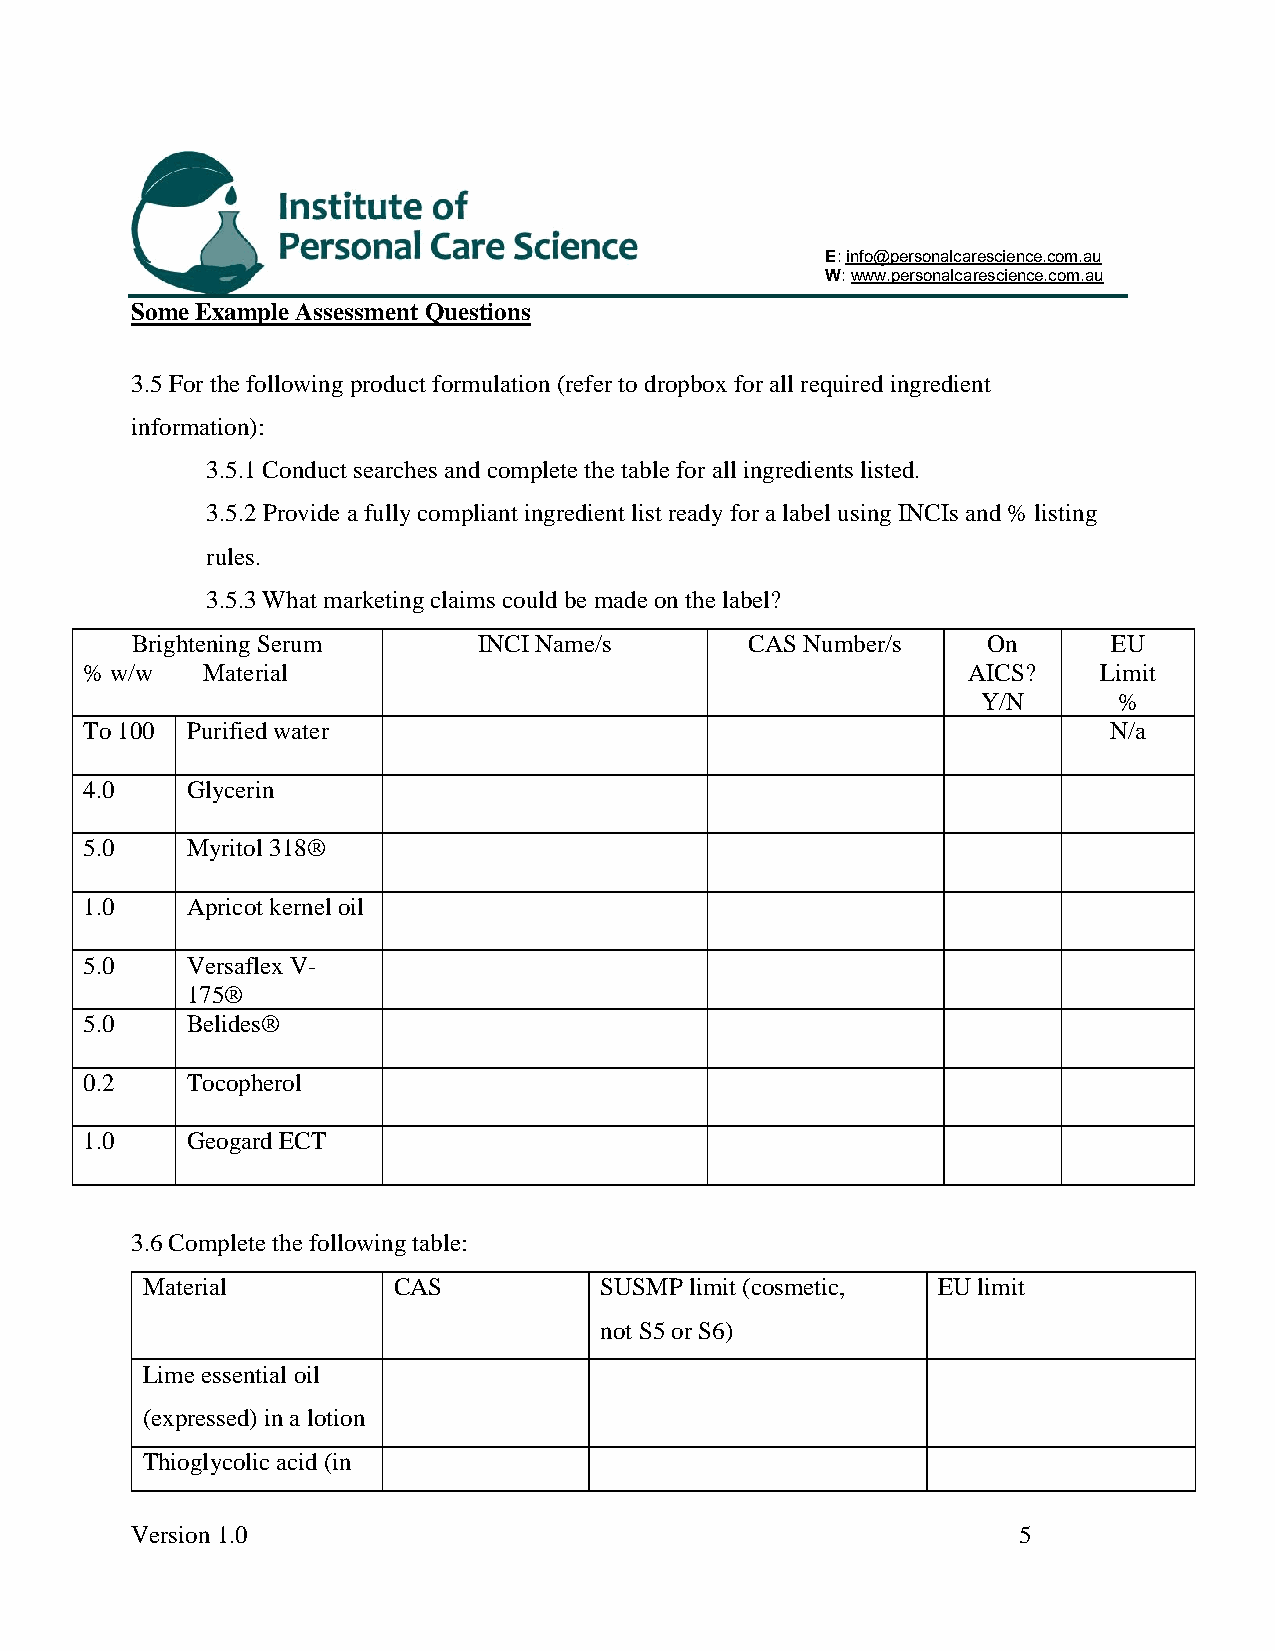
E: info@personalcarescience.com.au
 W: www.personalcarescience.com.au
 Some Example Assessment Questions
 3.5 For the following product formulation (refer to dropbox for all required ingredient
 information):
 3.5.1 Conduct searches and complete the table for all ingredients listed.
 3.5.2 Provide a fully compliant ingredient list ready for a label using INCIs and % listing
 rules.
 3.5.3 What marketing claims could be made on the label?
 Brightening Serum      INCI Name/s       CAS Number/s   On       EU
 % w/w  Material                                           AICS?    Limit
 Y/N      %
 To 100 Purified water                                              N/a
 4.0   Glycerin
 5.0   Myritol 318®
 1.0   Apricot kernel oil
 5.0   Versaflex V-
 175®
 5.0   Belides®
 0.2   Tocopherol
 1.0   Geogard ECT
 3.6 Complete the following table:
 Material         CAS           SUSMP limit (cosmetic, EU limit
 not S5 or S6)
 Lime essential oil
 (expressed) in a lotion
 Thioglycolic acid (in
 Version 1.0                                               5